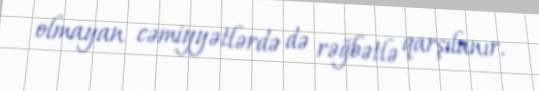
olmayan cəmiyyətlərdə də rəğbətlə qarşılanır.